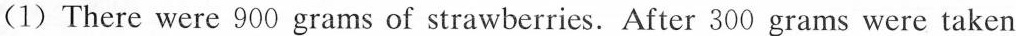
(1)There were 900 grams of strawberries. After 300 grams were taken